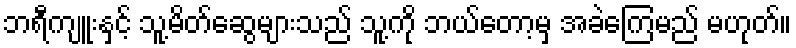
ဘရီကျူးနှင့် သူ့မိတ်ဆွေများသည် သူ့ကို ဘယ်တော့မှ အခဲကြေမည် မဟုတ်။